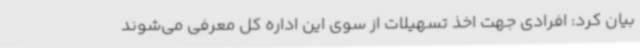
بیان کرد: افرادی جهت اخذ تسهیلات از سوی این اداره کل معرفی می‌شوند